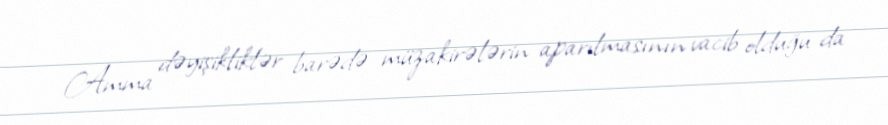
Amma dəyişikliklər barədə müzakirələrin aparılmasının vacib olduğu da